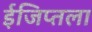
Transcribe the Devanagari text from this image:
ईजिप्तला